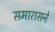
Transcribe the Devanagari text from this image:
समारासने